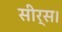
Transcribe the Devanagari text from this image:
सीर्स।